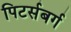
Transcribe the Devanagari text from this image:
पिटर्सबर्ग